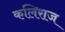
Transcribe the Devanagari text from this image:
कलिराज